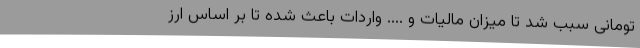
تومانی سبب شد تا میزان مالیات و .... واردات باعث شده تا بر اساس ارز